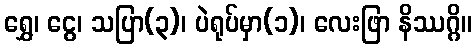
ရွှေ၊ ငွေ၊ သပြာ(၃)၊ ပဲရုပ်မှာ(၁)၊ လေးဖြာ နိဿဂ္ဂိ။